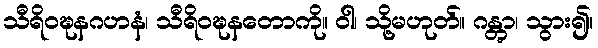
သီရိဝဍ္ဎနဂဟနံ၊ သီရိဝဍ္ဎနတောကို။ ဝါ၊ သို့မဟုတ်။ ဂန္တွာ၊ သွား၍။